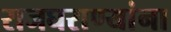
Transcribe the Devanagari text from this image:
राजघराण्यांना